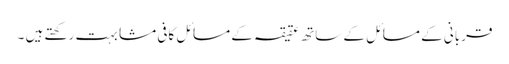
قربانی کے مسائل کے ساتھ عقیقہ کے مسائل کافی مشابہت رکھتے ہیں ۔